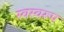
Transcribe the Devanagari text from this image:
स्वस्वरूप